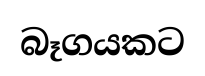
බෑගයකට